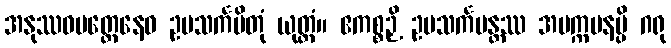
အနုဿဝမတ္တေနေဝ ဥပသင်္ကမိတုံ ယုတ္တံ။ ဧကစ္စဉှိ ဥပသင်္ကမန္တဿ အပက္ကမနမ္ပိ ဂရု